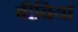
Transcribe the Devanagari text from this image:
बीवियां